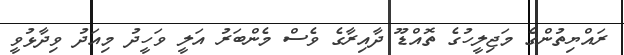
ރައްޔިތުންގެ މަޖިލީހުގެ ތޮއްޑޫ ދާއިރާގެ ވެސް މެންބަރު އަލީ ވަހީދު މިއަދު ވިދާޅުވީ